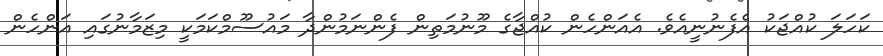
ކަހަލަ ކުއްޖަކު އެފެނުނީއެވެ. އެެއަންހެން ކުއްޖާގެ މޫނުމަތިން ފެންނަމުންދާ މައުސޫމްކަމަކީ މިޒަމާނުގައި އަންހެން